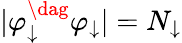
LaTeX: |\varphi_{\downarrow}^{\dag}\varphi_{\downarrow}|=N_{\downarrow}